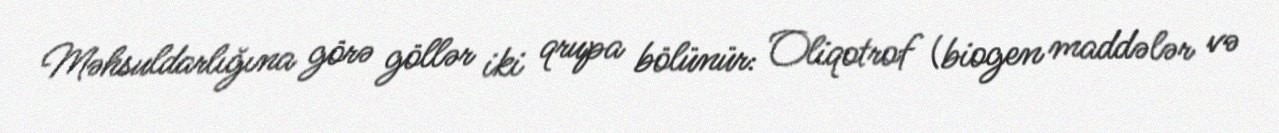
Məhsuldarlığına görə göllər iki qrupa bölünür: Oliqotrof (biogen maddələr və